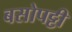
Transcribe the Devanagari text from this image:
बसोपट्टी